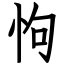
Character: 怐